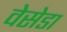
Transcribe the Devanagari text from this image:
वेसेडा